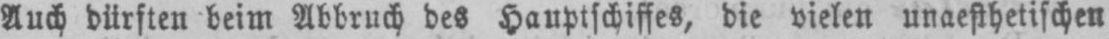
Auch dürften beim Abbruch des Hauptschiffes, die vielen unaesthetischen